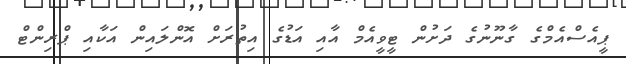
ޕީއެސްއެމްގެ ގާނޫނުގެ ދަށުން ޓީވީއެމް އާއި އަޑުގެ އިތުރަށް އޮންލައިން އަކާއި ޕްރިންޓް